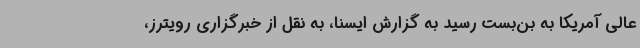
عالی آمریکا به بن‌بست رسید به گزارش ایسنا، به نقل از خبرگزاری رویترز،